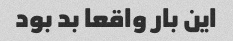
این بار واقعا بد بود